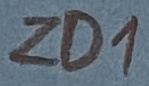
Text: ZD1